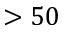
> 5 0